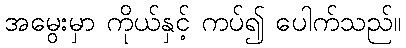
အမွေးမှာ ကိုယ်နှင့် ကပ်၍ ပေါက်သည်။